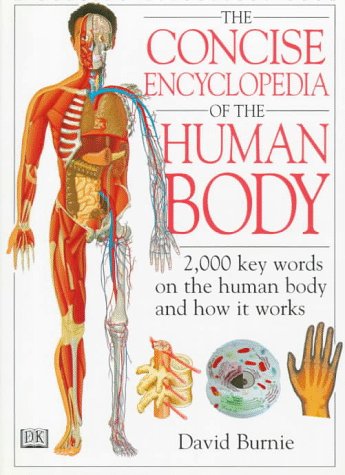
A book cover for Concise Encyclopedia of the Human Body; David Burnie; Reference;